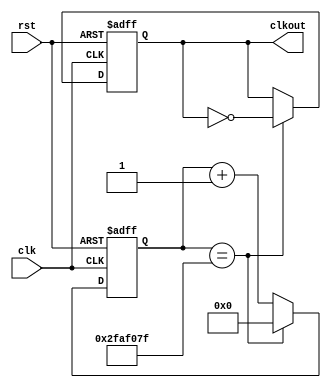
`timescale 1ns / 1ps
//////////////////////////////////////////////////////////////////////////////////
// Company: 
// Engineer: 
// 
// Design Name: 
// Module Name: frequency_divider
// Project Name: 
// Target Devices: 
// Tool Versions: 
// Description: 
// 
// Dependencies: 
// 
// Revision:
// Revision 0.01 - File Created
// Additional Comments:
// 
//////////////////////////////////////////////////////////////////////////////////


module frequency_divider #(parameter period=100000000)
(
input clk,rst,
output reg clkout
    );

reg[31:0] cnt=0;
always @ (posedge clk or negedge rst)
begin
    if(rst == 0)
    begin
            cnt<=0;
            clkout<=0;
    end
    else
    begin
        if(cnt == (period >> 1) - 1)//when cnt==half of period, flip clkout
        begin
            clkout<=~clkout;
            cnt<=0;
        end
        else
            cnt<=cnt+1;
    end
end
endmodule